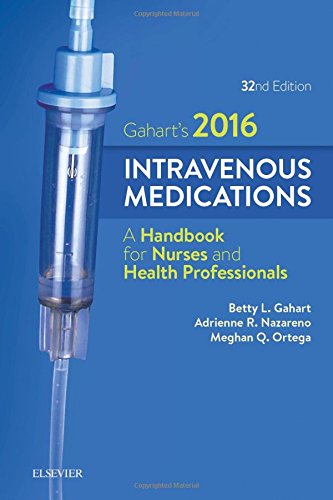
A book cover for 2016 Intravenous Medications: A Handbook for Nurses and Health Professionals, 32e; Betty L. Gahart RN; Medical Books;